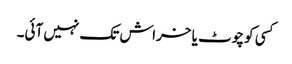
کسی کو چوٹ یا خراش تک نہیں آئی۔